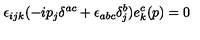
\epsilon _ { i j k } ( - i p _ { j } \delta ^ { a c } + \epsilon _ { a b c } \delta _ { j } ^ { b } ) e _ { k } ^ { c } ( p ) = 0